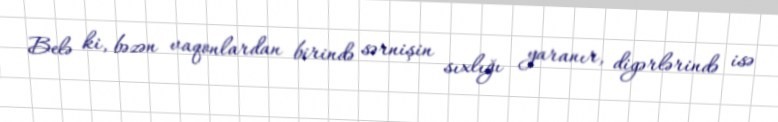
Belə ki, bəzən vaqonlardan birində sərnişin sıxlığı yaranır, digərlərində isə